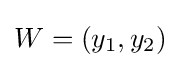
W=(y_{1},y_{2})